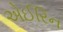
એઈરિન